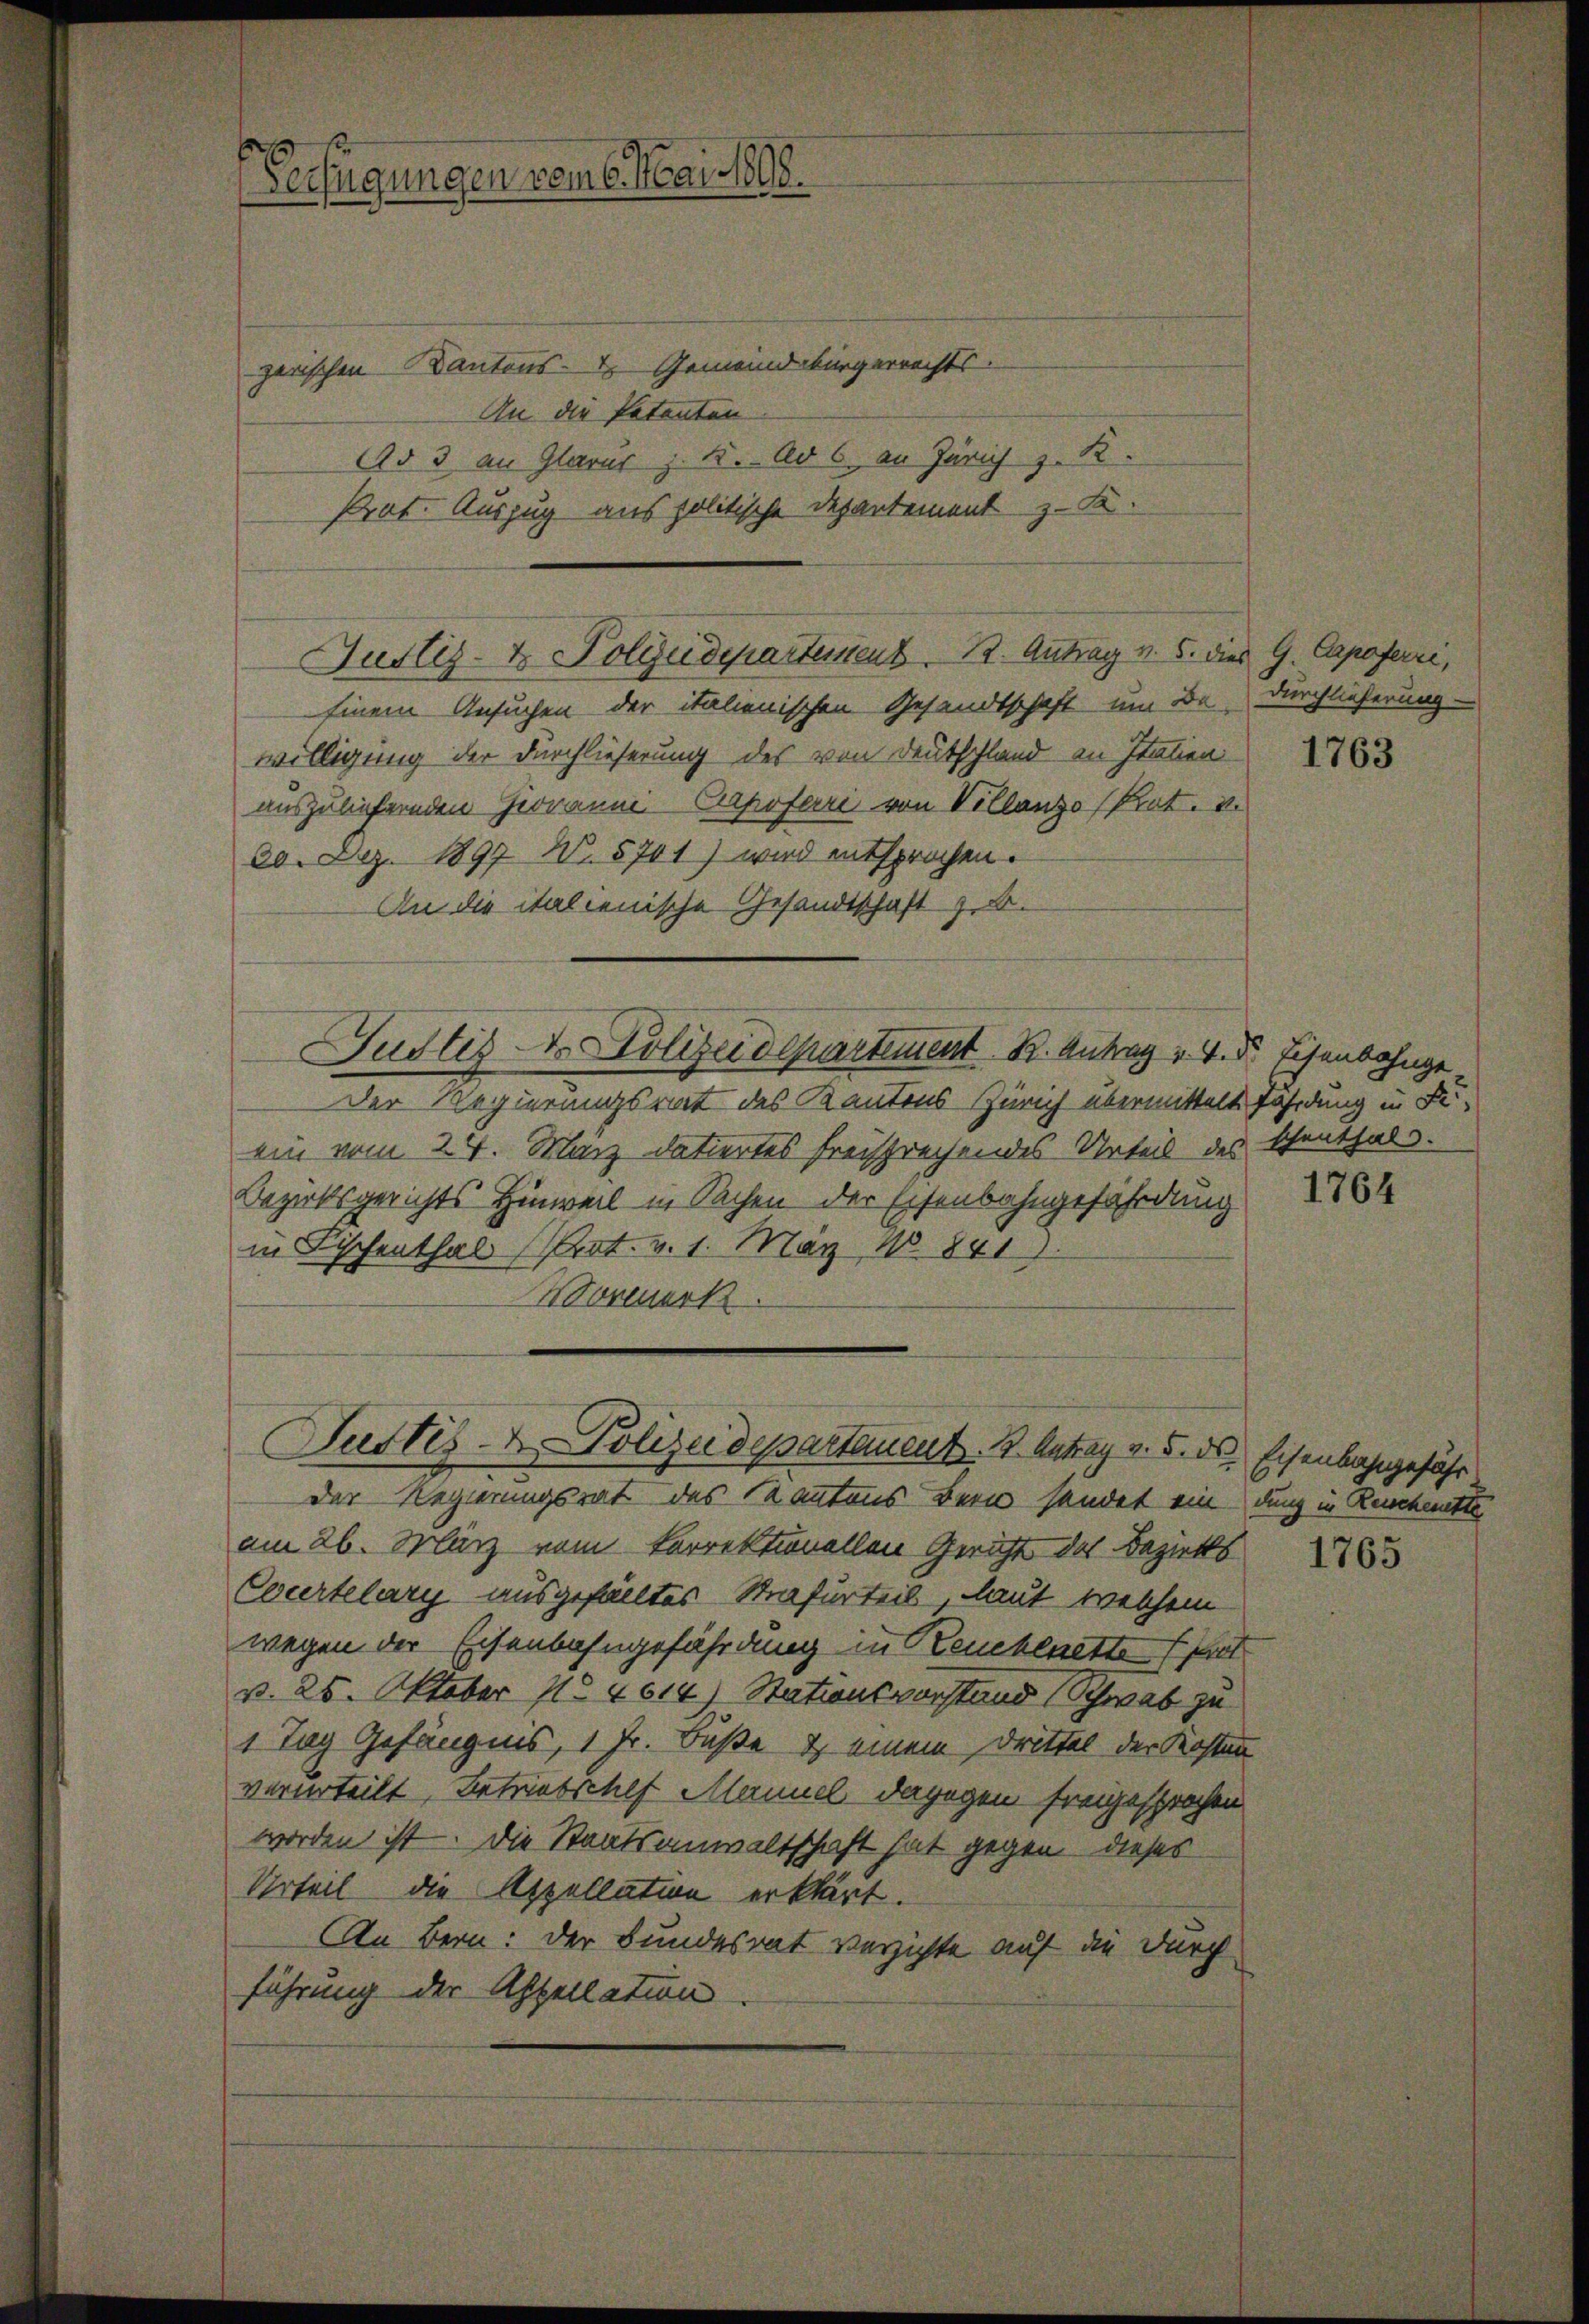
Verfügungen vom 6. Mai 1806.

zerischen Kantons- & Gemeindsbürgerrechts.
An die Patenten.
Ad 3 an Glarus z. B. Ad 6, an Zürich z. R.
Prat. Auszug aus politische Departement z. B.

Einem Ansuchen der italienischen Gesandtschaft um Be-
willigung der Durchlieferung des von Deutschland an Italien
auszuliefernden Georanni Carpofarre von Villanzo (Prot. u.
20. Dez. 1897 No. 5701) wird entsprochen.
An die italienische Gesandtschaft z. B.
Justiz - Polizeidepartement K. Antrag v. 4. d. Eisenbahnge
Der Regierungsrat des Kantons Zürich übermittelt fährdung in Fiein vom 24. März datiertes freisprechendes Urteil des schenthals.
Bezirksgerichts Hinweil in Sachen der Eisenbahngefährdung
in Fischenthal Prot. v. 1. März 1841.
Vormerk

Justiz- & Polyedepartenstens 1. Antrag v. 5. dies G. Capoferri,

der Regierungsrat des Kantons Bern sendet ein dung in Reichette
am 26. März vom korrektionellen Gericht des Bezirks
Courtelary ausgefälltes Strafurteil, laut welchem
wegen der Eisenbahngefährdung in Reuchenette (st
v. 25. Oktober 1824614) Stationsvorstand Schwab zu
1 Tag Gefängnis, 1 Fr. Buße & einem Drittel der Kosten
verurteilt, Betriebschef Mannel dagegen freigesprochen
worden ist. Die Staatsanwaltschaft hat gegen dieses
Urteil die Appellation erklärt.
An Bern: der Bundesrat verzichte auf die durch
führung der Appellation.

Justiz- & Polizeidepartanent. B. Antrag v. 5. ds. Eisenbahngefähr

Durchlieferung

1763

1764

1765